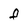
Character: F